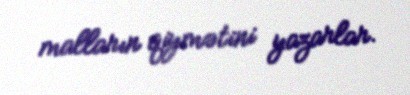
malların qiymətini yazarlar.